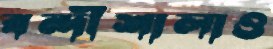
বন্দীশালাও